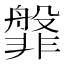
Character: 𬰝